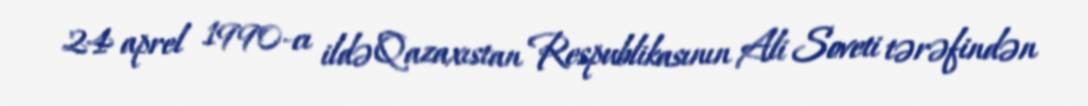
24 aprel 1990-cı ildə Qazaxıstan Respublikasının Ali Soveti tərəfindən